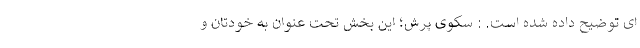
ای توضیح داده شده است. : سکوی پرش؛ این بخش تحت عنوان به خودتان و